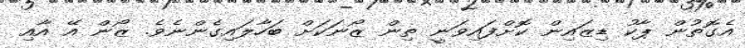
އެގޮތުން ޕާކު ޑިޒައިން ކޮށްފައިވަނީ ތިން ޒޯނަކަށް ބަހާލައިގެންނެވެ. ޒޯން އޭ އާއި